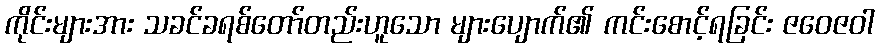
ကိုင်းများအား သခင်ခရစ်တော်တည်းဟူသော များပျောက်၏ ကင်းစောင့်ရခြင်း ဇဝေဇဝါ